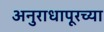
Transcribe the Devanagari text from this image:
अनुराधापूरच्या